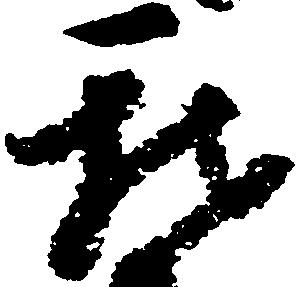
我